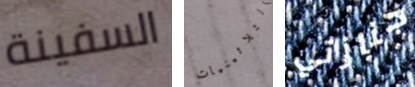
السفينة الثلاثينيات جنازتي